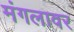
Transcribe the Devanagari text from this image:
मंगलावर